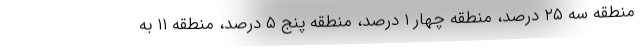
منطقه سه ۲۵ درصد، منطقه چهار ۱ درصد، منطقه پنج ۵ درصد، منطقه ۱۱ به